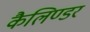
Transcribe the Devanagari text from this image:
कैलिण्डर